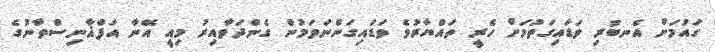
ގައުމަށް އެނބުރި ވަޑައިގަތުމަށް ހެރީ ތައްޔާރުވެ ވަޑައިގަންނަވަމުން ގެންދަވާއިރު މިއީ އޭނާ އަފްޣާނިސްތާނުގެ